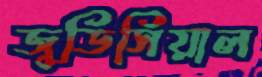
জুডিসিয়াল